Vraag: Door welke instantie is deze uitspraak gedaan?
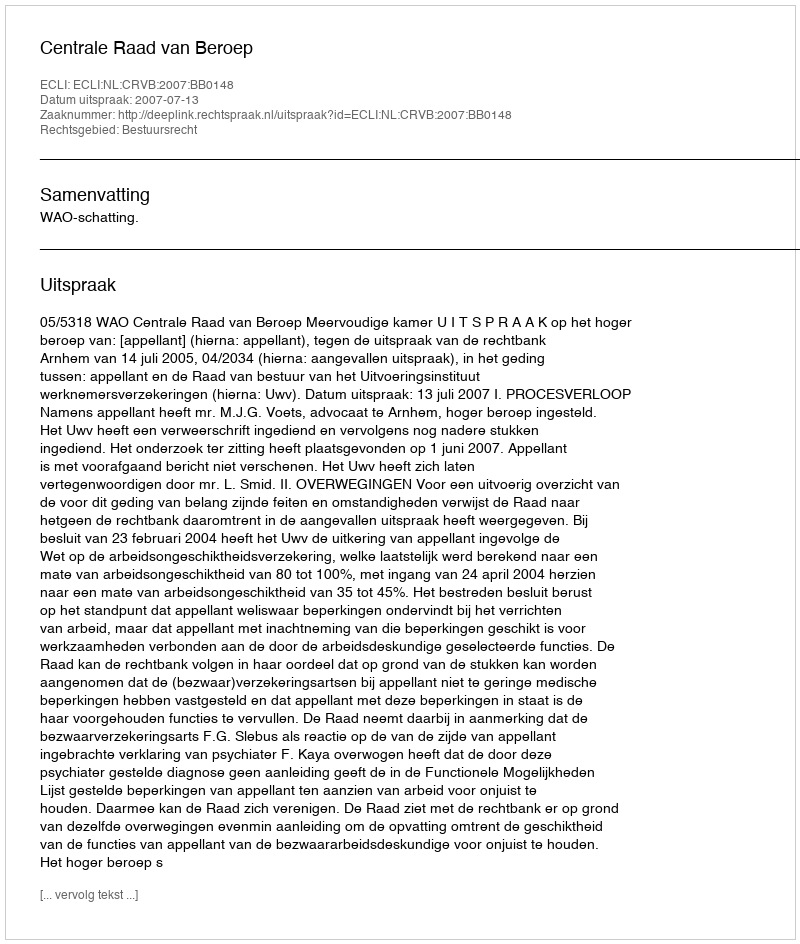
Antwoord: Centrale Raad van Beroep